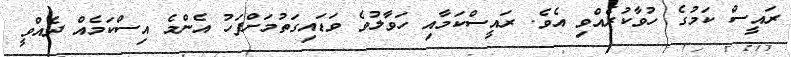
ރައީސް ކަމުގެ ހުވާކުރެއްވި އެވެ. ރައީސްކަމާއި ހަވާލުވެ ވަޑައިގަތުމަށްފަހު އެންމެ އިސްކަމެއް ދެއްވީ